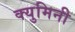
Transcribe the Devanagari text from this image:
क्युमिनी